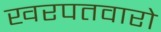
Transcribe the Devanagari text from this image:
खरपतवारो